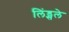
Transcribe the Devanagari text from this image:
लिंड्सले